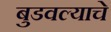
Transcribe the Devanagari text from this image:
बुडवल्याचे